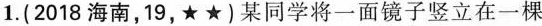
1.(2018海南，19，★★)某同学将一面镜子竖立在一棵